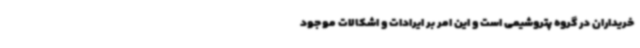
خریداران در گروه پتروشیمی است و این امر بر ایرادات و اشکالات موجود